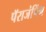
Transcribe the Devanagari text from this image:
पॅराजंपिंग